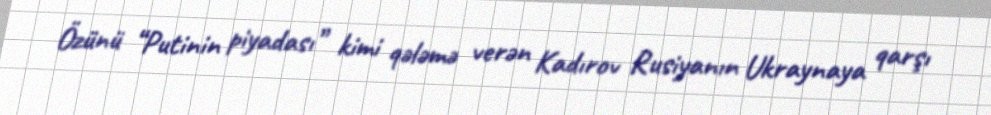
Özünü “Putinin piyadası” kimi qələmə verən Kadırov Rusiyanın Ukraynaya qarşı